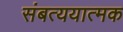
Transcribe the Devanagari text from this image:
संबत्ययात्मक